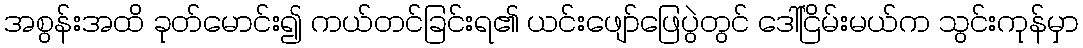
အစွန်းအထိ ခုတ်မောင်း၍ ကယ်တင်ခြင်းရ၏ ယင်းဖျော်ဖြေပွဲတွင် ဒေါ်ငြိမ်းမယ်က သွင်းကုန်မှာ